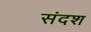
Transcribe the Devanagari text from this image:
संदश